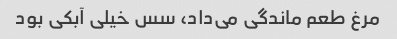
مرغ طعم ماندگی می‌داد، سس خیلی آبکی بود